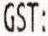
GST: